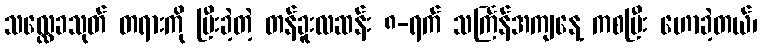
သလ္လေခသုတ် တရားကို ပြီးခဲ့တဲ့ တန်ခူးလဆန်း ၈-ရက် သင်္ကြန်အကျနေ့ ကစပြီး ဟောခဲ့တယ်၊